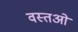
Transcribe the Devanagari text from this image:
वस्तओं